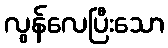
လွန်လေပြီးသော